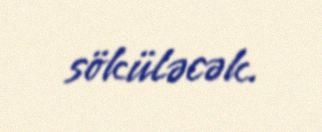
söküləcək.